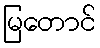
မြတောင်